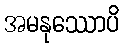
အမနုဿောပိ